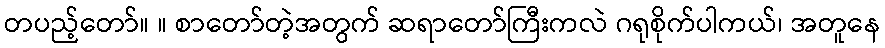
တပည့်တော်။ ။ စာတော်တဲ့အတွက် ဆရာတော်ကြီးကလဲ ဂရုစိုက်ပါကယ်၊ အတူနေ